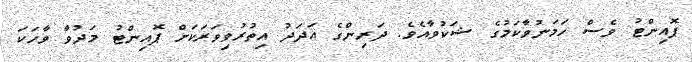
ޕޮއިންޓު ވެސް ހަމަނުވާކަމުގެ ޝަކުވާއެވެ. ދަރިންގެ އަދަދު އިތުރުވިވަރަކަށް ޕޮއިންޓު މަދުވާ ވާހަކަ